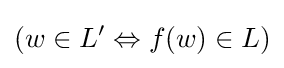
(w\in L'\Leftrightarrow f(w)\in L)